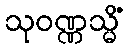
သုဝဏ္ဏသ္မိံ